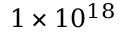
1 \times 1 0 ^ { 1 8 }